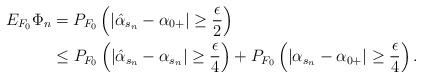
LaTeX: \begin{align*}E_{F_0} \Phi_n & = P_{F_0} \left(|\hat \alpha_{s_n}-\alpha_{0+}|\geq \frac{\epsilon}{2} \right) \\& \leq P_{F_0} \left(|\hat \alpha_{s_n}-\alpha_{s_n}|\geq \frac{\epsilon}{4} \right) + P_{F_0} \left(| \alpha_{s_n}-\alpha_{0+}|\geq \frac{\epsilon}{4} \right).\end{align*}